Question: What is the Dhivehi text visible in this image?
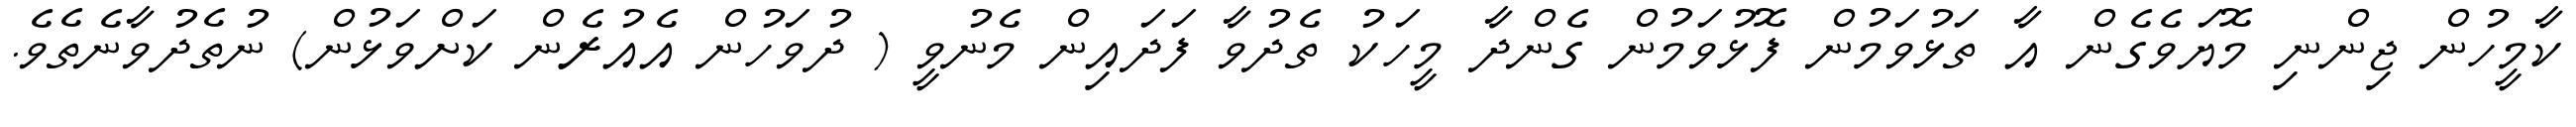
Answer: ކާމީހުން ޖިންނި މޮޔަވެގެން އާ ތަޅުވަމުން ފޮޅުވަމުން ގެންދާ މީހަކު ތެދުވާ ފަދައިން މެނުވީ ( ދުވަހުން އެއުރެން ކަށްވަޅުން) ނުތެދުވާނެތެވެ.